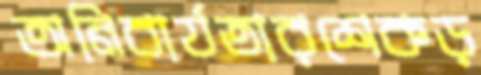
অনিবার্যতারশেকড়